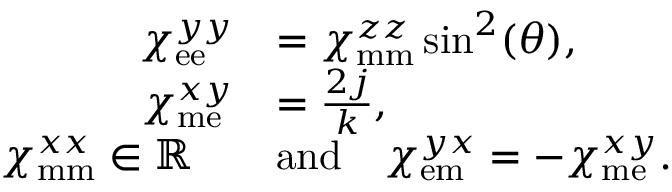
\begin{array} { r l } { \chi _ { \mathrm { e e } } ^ { y y } } & { = \chi _ { \mathrm { m m } } ^ { z z } \sin ^ { 2 } ( \theta ) , } \\ { \chi _ { \mathrm { m e } } ^ { x y } } & { = \frac { 2 j } { k } , } \\ { \chi _ { \mathrm { m m } } ^ { x x } \in \mathbb { R } \quad } & { \mathrm { a n d } \quad \chi _ { \mathrm { e m } } ^ { y x } = - \chi _ { \mathrm { m e } } ^ { x y } . } \end{array}